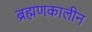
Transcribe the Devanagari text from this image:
ब्रह्मणकालीन